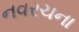
નવરચના